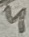
Text: 4